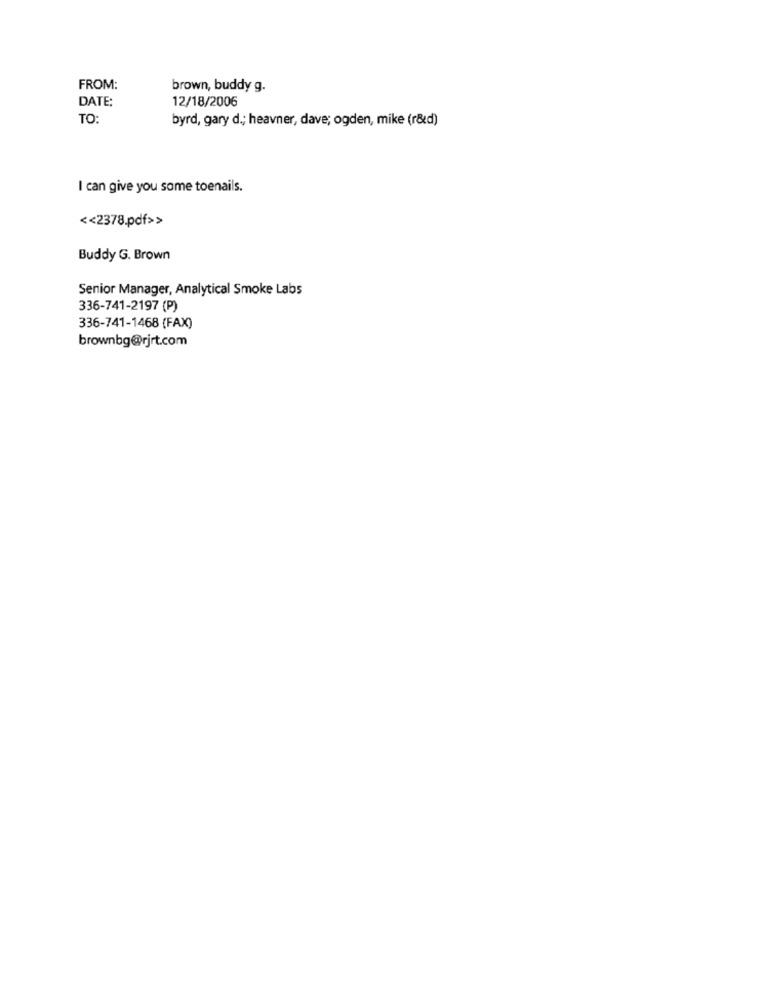
FROM:
brown, buddy g.
DATE:
12/18/2006
TO:
byrd, gary d .; heavner, dave; ogden, mike (r&d)
I can give you some toenails.
<< 2378.pdf>>
Buddy G. Brown
Senior Manager, Analytical Smoke Labs
336-741-2197 (P)
336-741-1468 (FAX)
brownbg@rjrt.com